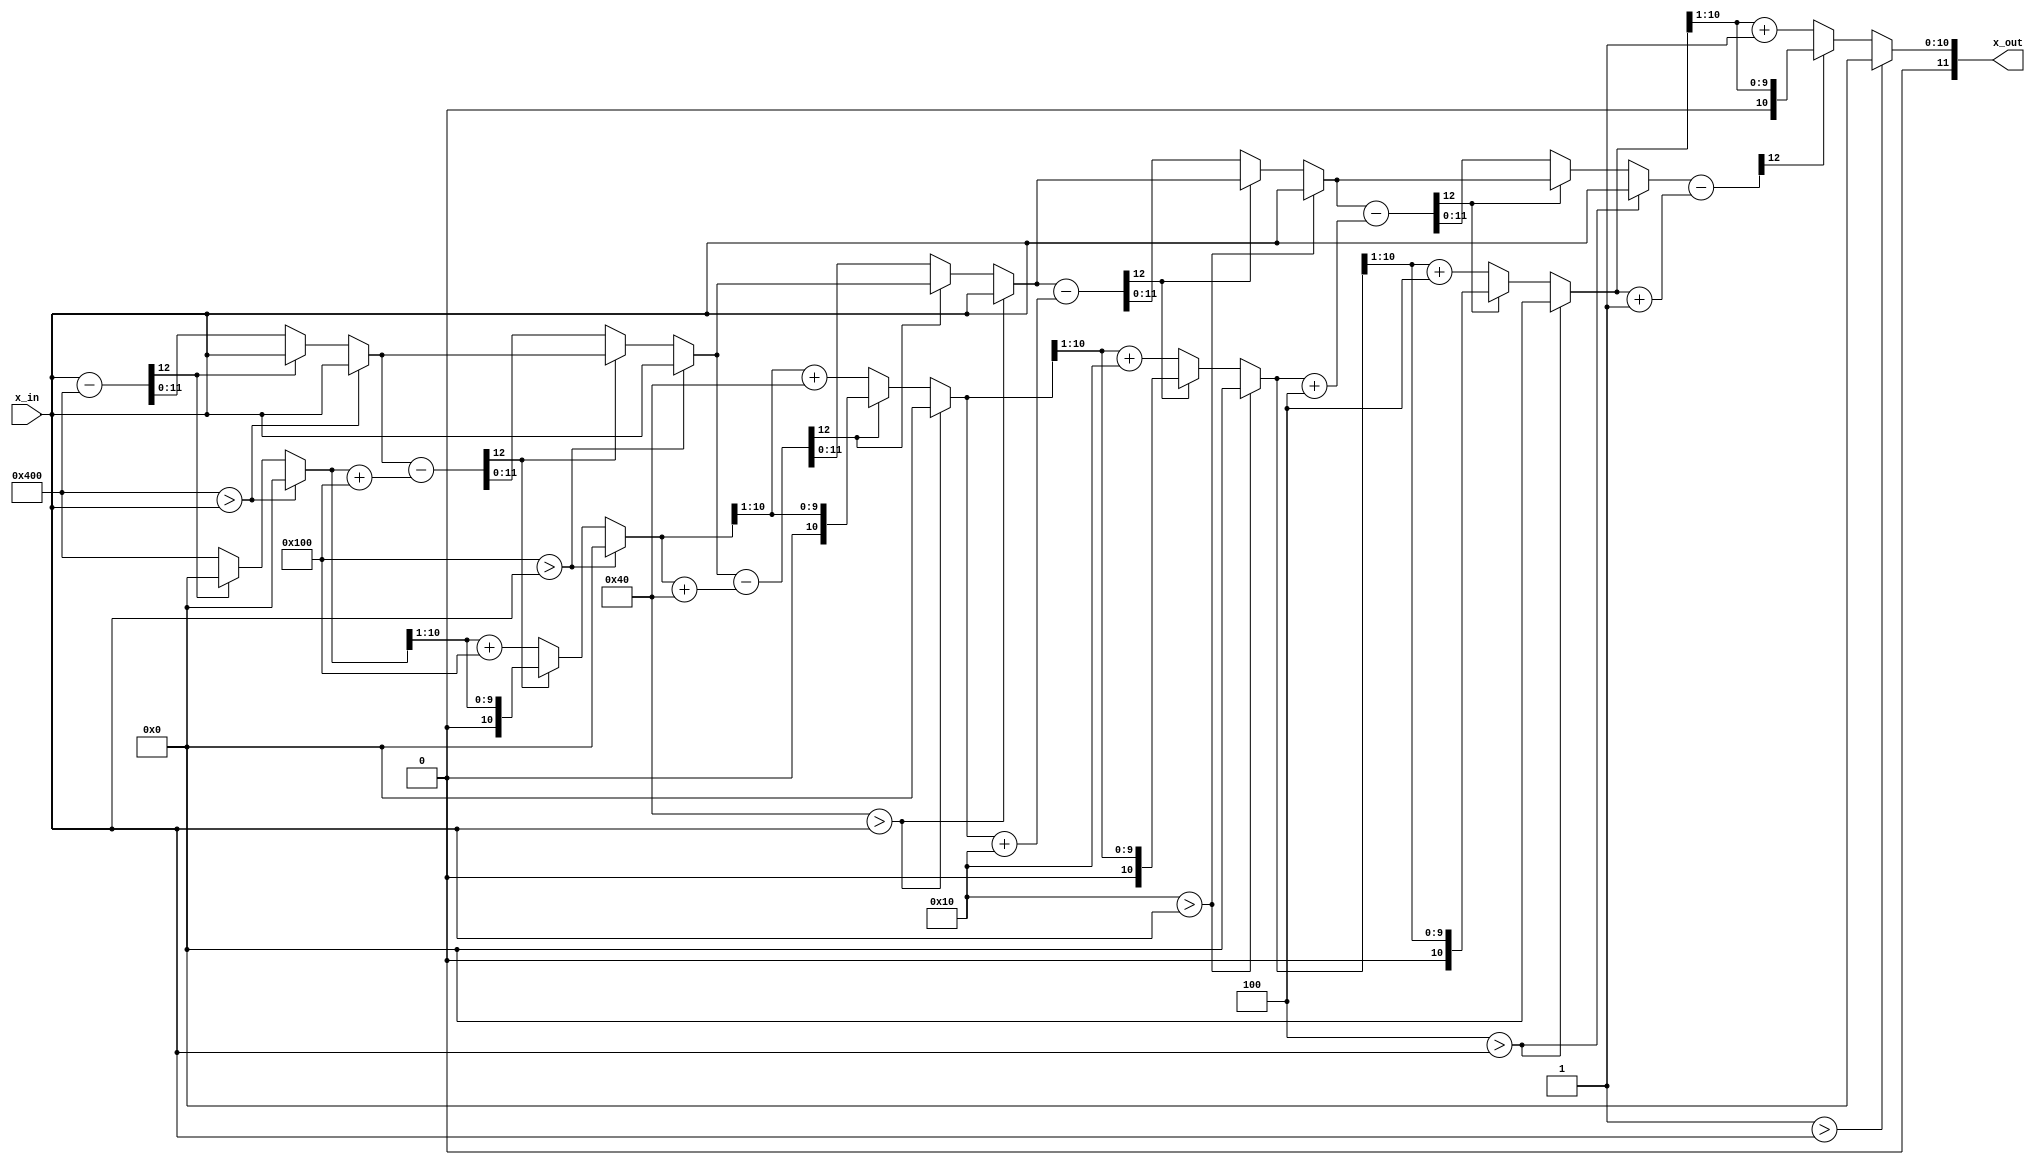
/* A combinatoric bit by bit calculation of the square root.
 *
 * -----------------------------------------------------------------------------
 *
 * Copyright (C) 2023 Gerrit Grutzeck (g.grutzeck@gfg-development.de)
 *
 * Licensed under the Apache License, Version 2.0 (the "License");
 * you may not use this file except in compliance with the License.
 * You may obtain a copy of the License at
 * 
 * http://www.apache.org/licenses/LICENSE-2.0
 *
 * Unless required by applicable law or agreed to in writing, software
 * distributed under the License is distributed on an "AS IS" BASIS,
 * WITHOUT WARRANTIES OR CONDITIONS OF ANY KIND, either express or implied.
 * See the License for the specific language governing permissions and
 * limitations under the License.
 *
 * -----------------------------------------------------------------------------
 *
 * Create   : Mai 15, 2024
 * Revise   : Mai 15, 2024
 * Revision : 1.0
 *
 * -----------------------------------------------------------------------------
 */
`default_nettype none

module sqrt #(parameter BIT_WIDTH = 12) (
    input  wire [BIT_WIDTH - 1 : 0] x_in,
    output wire [BIT_WIDTH - 1 : 0] x_out
);

    wire [BIT_WIDTH * BIT_WIDTH / 2 - 1 : 0]         d;
    wire [BIT_WIDTH * (BIT_WIDTH / 2 + 1) - 1 : 0]   c;
    wire [BIT_WIDTH * (BIT_WIDTH / 2 + 1) - 1 : 0]   x;
    wire [(BIT_WIDTH + 1)  * BIT_WIDTH / 2 - 1: 0]   x_diff;

    assign x[BIT_WIDTH - 1 : 0] = x_in;
    assign c[BIT_WIDTH - 1 : 0] = 0;

    genvar i;
    generate
        for (i = 0; i < BIT_WIDTH / 2; i = i + 1) begin
            assign d[BIT_WIDTH * (i + 1) - 1 : BIT_WIDTH * i] = 1 << (BIT_WIDTH - 2*i - 2);

            // x_diff = x - (c + d)
            assign x_diff[(BIT_WIDTH + 1) * (i + 1) - 1 : (BIT_WIDTH + 1) * i]
                =    x[BIT_WIDTH * (i + 1) - 1 : BIT_WIDTH * i] 
                - (c[BIT_WIDTH * (i + 1) - 1 : BIT_WIDTH * i] + d[BIT_WIDTH * (i + 1) - 1 : BIT_WIDTH * i]);

            // if (d > n) { c = 0 } else { if (x_diff[BIT_WIDTH] < 0) { c = (c >> 1) } else { c = (c >> 1) + d } }
            assign c[BIT_WIDTH * (i + 2) - 1 : BIT_WIDTH * (i + 1)] =   (d[BIT_WIDTH * (i + 1) - 1 : BIT_WIDTH * i] > x_in) ? 0 :
                                                                        (x_diff[(BIT_WIDTH + 1) * (i + 1) - 1] == 1'b1) ? 
                                                                            (c[BIT_WIDTH * (i + 1) - 1 : BIT_WIDTH * i] >> 1) : 
                                                                            ((c[BIT_WIDTH * (i + 1) - 1 : BIT_WIDTH * i] >> 1) + d[BIT_WIDTH * (i + 1) - 1 : BIT_WIDTH * i]);

            // if (d > n) { x = xin } else { if (x_diff[BIT_WIDTH] < 0) { x = x } else { x = x_diff } }
            assign x[BIT_WIDTH * (i + 2) - 1 : BIT_WIDTH * (i + 1)] =   (d[BIT_WIDTH * (i + 1) - 1 : BIT_WIDTH * i] > x_in) ? x_in :
                                                                        (x_diff[(BIT_WIDTH + 1) * (i + 1) - 1] == 1'b1) ? 
                                                                            (x[BIT_WIDTH * (i + 1) - 1 : BIT_WIDTH * i]) : 
                                                                            (x_diff[(BIT_WIDTH + 1) * (i + 1) - 2 : (BIT_WIDTH + 1) * i]);
        end
    endgenerate

    assign x_out    = c[BIT_WIDTH * (BIT_WIDTH / 2 + 1) - 1 : BIT_WIDTH * (BIT_WIDTH / 2)];
endmodule